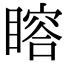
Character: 𥊉